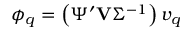
\phi _ { q } = \left( \Psi ^ { \prime } \mathbf { V } \Sigma ^ { - 1 } \right) v _ { q }